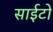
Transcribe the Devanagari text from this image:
साईटों